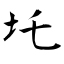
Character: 圫